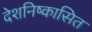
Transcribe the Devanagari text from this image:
देशनिष्कासित